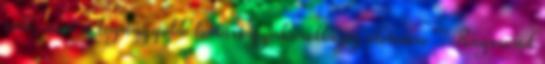
volt, ami a legnagyobb hatást gyakorolta az életemre"" Raymond